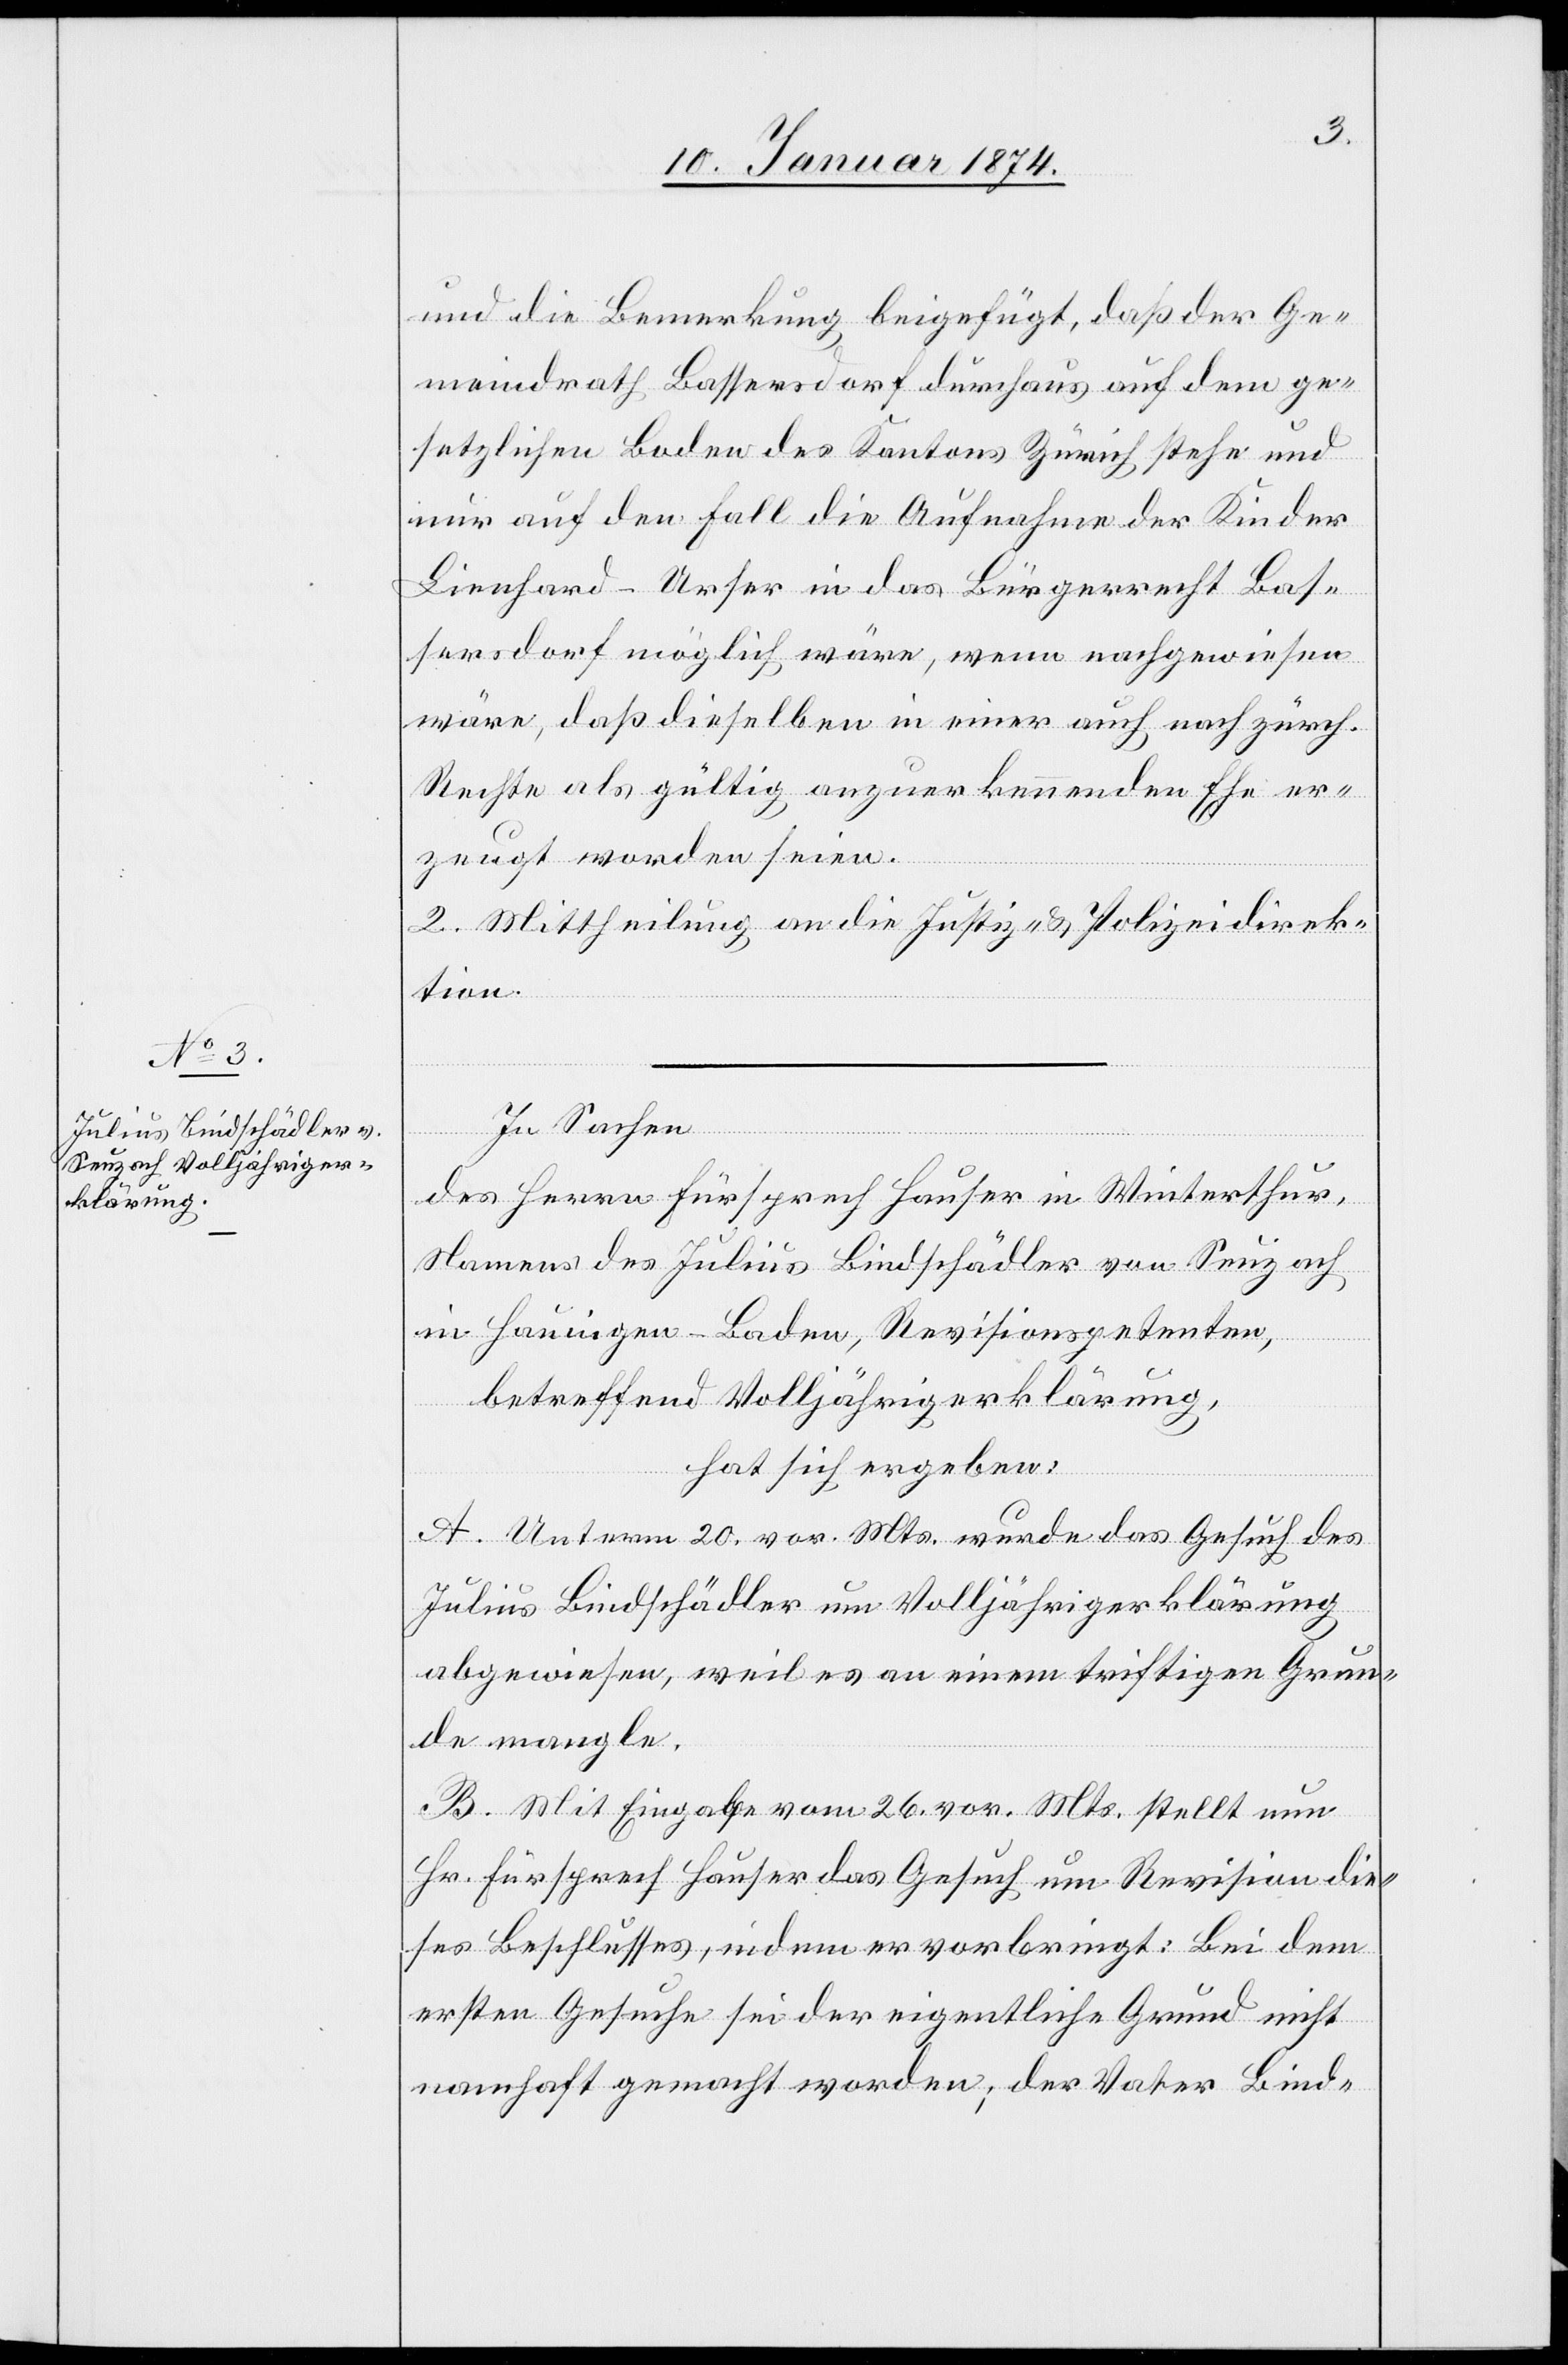
und die Bemerkung beigefügt, daß der Ge¬
meindrath Bassersdorf durchaus auf dem ge¬
setzlichen Boden des Kantons Zürich stehe und
nur auf den Fall die Aufnahme der Kinder
Lienhard–Urser in das Bürgerrecht Bas¬
sersdorf möglich wäre, wenn nachgewiesen
wäre, daß dieselben in einer auch nach zürch.
Rechte als gültig anzuerkennenden Ehe er¬
zeugt worden seien.
2. Mittheilung an die Justiz- & Polizeidirek¬
tion.
In Sachen
des Herrn Fürsprech Hauser in Winterthur,
Namens des Julius Bindschädler von Seuzach
in Hauigen - Baden, Revisionspetenten,
betreffend Volljährigerklärung,
hat sich ergeben:
A. Unterm 20. vor. Mts. wurde das Gesuch des
Julius Bindschädler um Volljährigerklärung
abgewiesen, weil es an einem triftigen Grun¬
de mangle.
B. Mit Eingabe vom 26. vor. Mts. stellt nun
Hr. Fürsprech Hauser das Gesuch um Revision die¬
ses Beschlusses, indem er vorbringt: Bei dem
ersten Gesuche sei der eigentliche Grund nicht
namhaft gemacht worden, der Vater Bind-